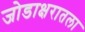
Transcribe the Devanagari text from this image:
जोडाक्षरातला